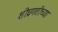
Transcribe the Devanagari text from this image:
शीघ्रगतीच्या